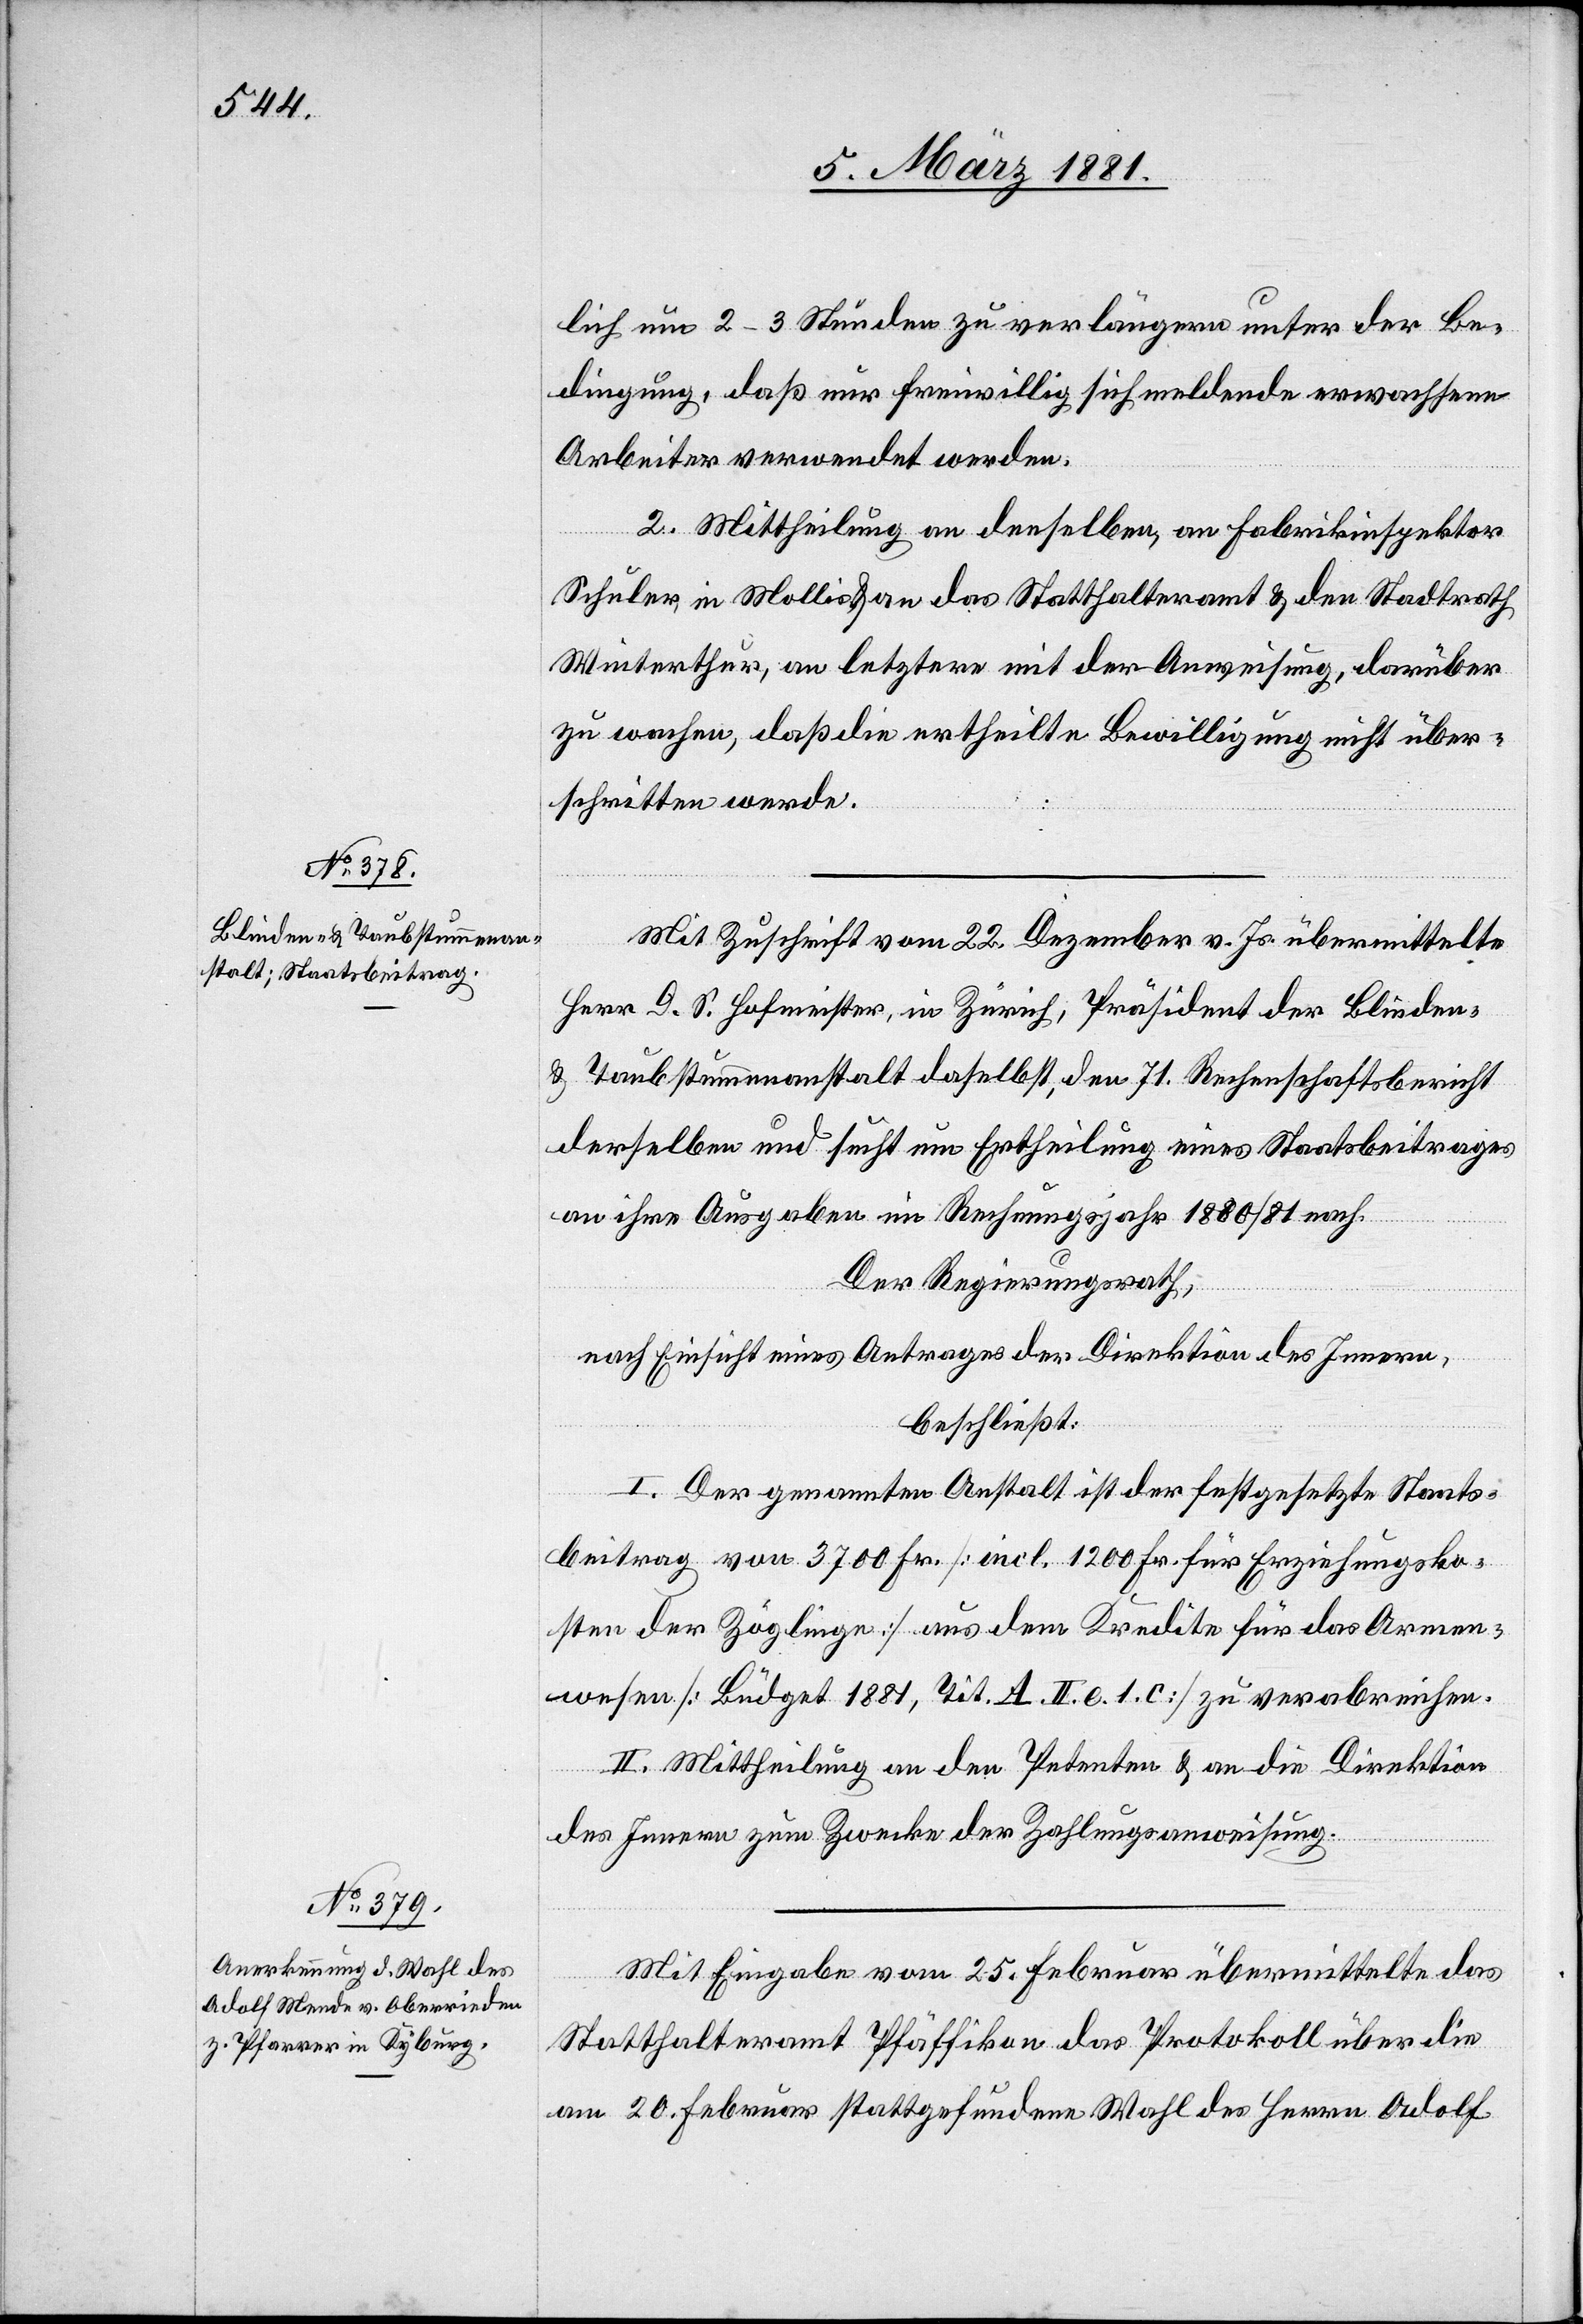
lich um 2–3 Stunden zu verlängern unter der Be¬
dingung, daß nur freiwillig sich meldende erwachsene
Arbeiter verwendet werden.
2. Mittheilung an denselben, an Fabrikinspektor
Schuler, in Mollis & an das Statthalteramt & den Stadtrath
Winterthur, an letztere mit der Anweisung, darüber
zu wachen, daß die ertheilte Bewilligung nicht über¬
schritten werde.
Mit Zuschrift vom 22. Dezember v. Js. übermittelte
Herr G. S. Hofmeister, in Zürich, Präsident der Blinden-
& Taubstummenanstalt daselbst, den 71. Rechenschaftsbericht
derselben und sucht um Ertheilung eines Staatsbeitrages
an ihre Ausgaben im Rechnungsjahr 1880/81 nach.
Der Regierungsrath,
nach Einsicht eines Antrages der Direktion des Innern,
beschließt:
I. Der genannten Anstalt ist der festgesetzte Staats¬
beitrag von 3700 Fr. [incl. 1200 Fr. für Erziehungsko¬
sten der Zöglinge] aus dem Kredite für das Armen¬
wesen [Büdget 1881, Tit. A. II. e. 1. c] zu verabreichen.
II. Mittheilung an den Petenten & an die Direktion
des Innern zum Zwecke der Zahlungsanweisung.
Mit Eingabe vom 25. Februar übermittelte das
Statthalteramt Pfäffikon das Protokoll über die
am 20. Februar stattgefundene Wahl des Herrn Adolf